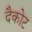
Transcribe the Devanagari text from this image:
दैकोट